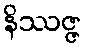
နိဿဇ္ဇ